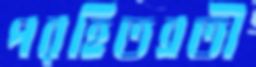
পরহিতব্রতী